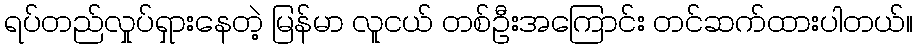
ရပ်တည်လှုပ်ရှားနေတဲ့ မြန်မာ လူငယ် တစ်ဦးအကြောင်း တင်ဆက်ထားပါတယ်။